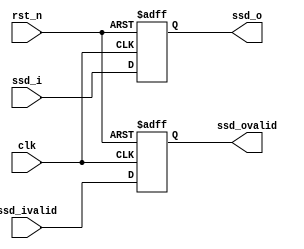
module pe_out_dly #(
    parameter dly_cycle = 1
)(
    input   wire                clk,
    input   wire                rst_n,
    input   wire   [19:0]       ssd_i,
    input   wire                ssd_ivalid,
    output  wire   [19:0]       ssd_o,
    output  wire                ssd_ovalid
);
//************************************************************************//
    reg     [19:0]      ssd_dly [dly_cycle - 1:0];
    reg                 ssd_valid_dly [dly_cycle - 1:0];
//************************************************************************//
    always @(posedge clk or negedge rst_n) begin
        if (!rst_n) begin
            ssd_valid_dly[0] <= 0;
        end
        else begin
            ssd_valid_dly[0] <= ssd_ivalid;
        end
    end

    genvar i;
    generate
        for(i=1; i<dly_cycle; i=i+1) begin:dly_ssd_valid
            always @(posedge clk or negedge rst_n) begin
                if (!rst_n) begin
                    ssd_valid_dly[i] <= 0;
                end
                else begin
                    ssd_valid_dly[i] <= ssd_valid_dly[i-1];
                end
            end
        end
    endgenerate

    assign ssd_ovalid = ssd_valid_dly[dly_cycle - 1];
//************************************************************************//
    always @(posedge clk or negedge rst_n) begin
        if (!rst_n) begin
            ssd_dly[0] <= 0;
        end
        else begin
            ssd_dly[0] <= ssd_i;
        end
    end

    genvar j;
    generate
        for(j=1; j<dly_cycle; j=j+1) begin:dly_ssd
            always @(posedge clk or negedge rst_n) begin
                if (!rst_n) begin
                    ssd_dly[j] <= 0;
                end
                else begin
                    ssd_dly[j] <= ssd_dly[j-1];
                end
            end
        end
    endgenerate

    assign ssd_o = ssd_dly[dly_cycle - 1];

endmodule //pe_out_dly